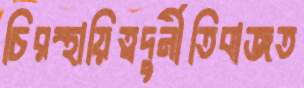
চিরস্থায়িত্বদুর্নীতিবাজত